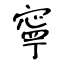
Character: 寧